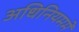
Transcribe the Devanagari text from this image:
अधिनियममें